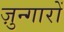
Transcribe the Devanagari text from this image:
ज़ुन्गारों